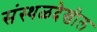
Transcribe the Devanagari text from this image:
संस्थळदेखील